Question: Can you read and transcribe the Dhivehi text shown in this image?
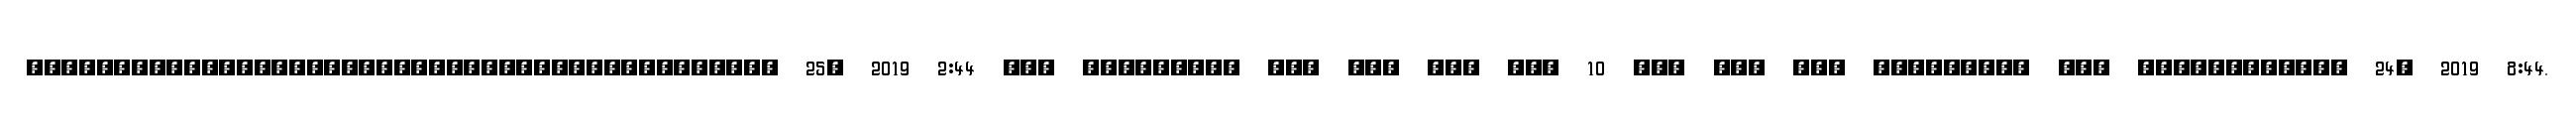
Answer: ??????????????????????????????????????????? 25, 2019 2:44 ??? ????????? ??? ??? ??? ??? 10 ??? ??? ??? ????????? ??? ???????????? 24, 2019 8:44.